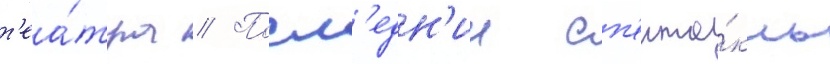
т'еа́тра // Посл'едн'ии сп'екта́кль